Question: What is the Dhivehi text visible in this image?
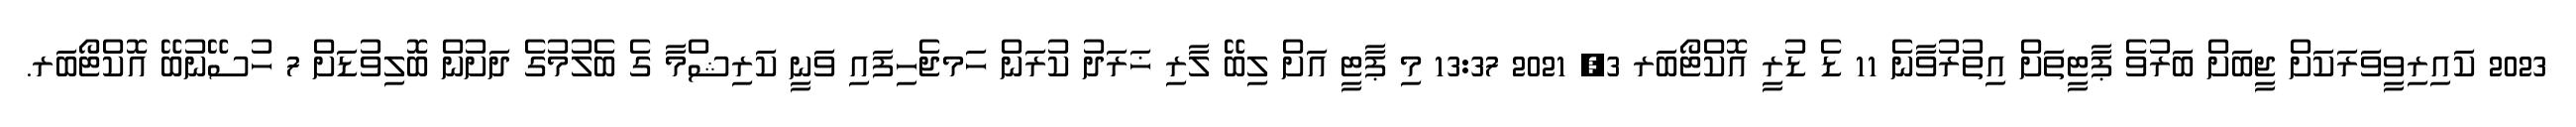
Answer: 2023 ކައިރިވީވަރަކަށް ޖީބަށް ބަރުވެ ޕާޓީތަށް އިތުރުވާނެ 11 ޑެ ޑުރީ އޮކްޓޯބަރ 3, 2021 13:37 މި ޕާޓީ އަށް ލިބޭ ލާރި ޚަރަދު ކުރަން ހަމޖެހިފައި ވަނީ ކަރިޝްމާ ގެ ބެލުމުގެ ދަށުން ބޮލިވުޑަށް 7 ހުސޭނުބޭ އޮކްޓޯބަރ.